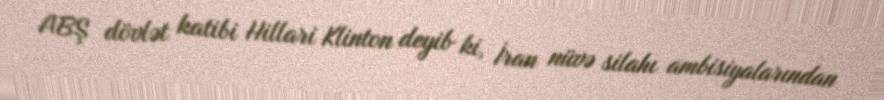
ABŞ dövlət katibi Hillari Klinton deyib ki, İran nüvə silahı ambisiyalarından